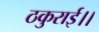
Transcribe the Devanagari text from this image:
ठकुराई।।